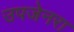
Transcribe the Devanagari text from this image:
उपजेनरा